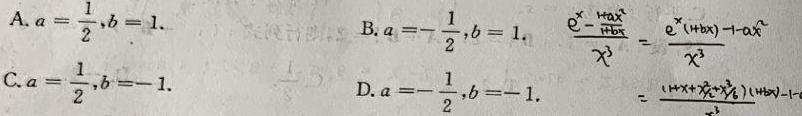
A. $a = \frac{1}{2},b = 1.$
B. $a = -\frac{1}{2},b = 1.$
C. $a = \frac{1}{2},b = -1.$
D. $a = -\frac{1}{2},b = -1.$
$\frac{e^{x}-\frac{1 + ax}{1+bx}}{x^{3}}=\frac{e^{x}(1 + bx)-(1 + ax)}{x^{3}(1 + bx)}=\frac{(1 + x+\frac{x^{2}}{2}+\frac{x^{3}}{6})(1 + bx)-1 - ax}{x^{3}(1 + bx)}$